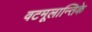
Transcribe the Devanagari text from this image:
वटमूलान्तिके